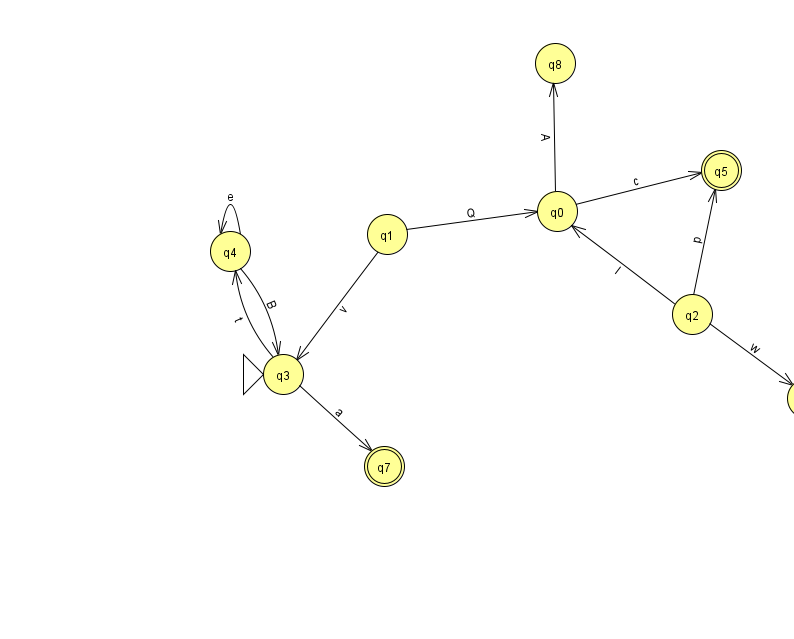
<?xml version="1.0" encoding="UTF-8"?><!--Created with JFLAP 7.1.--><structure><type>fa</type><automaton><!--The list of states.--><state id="0" name="q0"><x>557.0</x><y>198.0</y></state><state id="1" name="q1"><x>387.0</x><y>221.0</y></state><state id="2" name="q2"><x>692.0</x><y>301.0</y></state><state id="3" name="q3"><x>283.0</x><y>361.0</y><initial/></state><state id="4" name="q4"><x>230.0</x><y>238.0</y></state><state id="5" name="q5"><x>721.0</x><y>157.0</y><final/></state><state id="6" name="q6"><x>807.0</x><y>385.0</y></state><state id="7" name="q7"><x>384.0</x><y>453.0</y><final/></state><state id="8" name="q8"><x>555.0</x><y>50.0</y></state><!--The list of transitions.--><transition><from>1</from><to>3</to><read>v</read></transition><transition><from>4</from><to>3</to><read>B</read></transition><transition><from>2</from><to>5</to><read>p</read></transition><transition><from>2</from><to>0</to><read>l</read></transition><transition><from>4</from><to>4</to><read>e</read></transition><transition><from>1</from><to>0</to><read>Q</read></transition><transition><from>3</from><to>4</to><read>t</read></transition><transition><from>0</from><to>8</to><read>A</read></transition><transition><from>0</from><to>5</to><read>c</read></transition><transition><from>2</from><to>6</to><read>w</read></transition><transition><from>3</from><to>7</to><read>a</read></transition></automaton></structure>